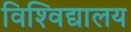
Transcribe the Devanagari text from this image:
विश्‍विद्यालय